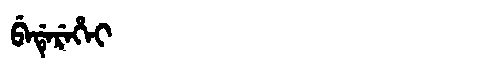
Manchu: ᠪᡝᡩᡝᡵᡝᡥᡝᡳ
Romanization: BEDEREHEI